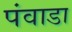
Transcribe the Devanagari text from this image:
पंवाडा